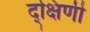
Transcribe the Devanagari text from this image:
द्क्षिणी